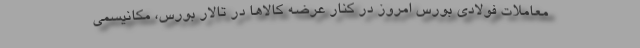
معاملات فولادی بورس امروز در کنار عرضه‌ کالاها در تالار بورس، مکانیسمی